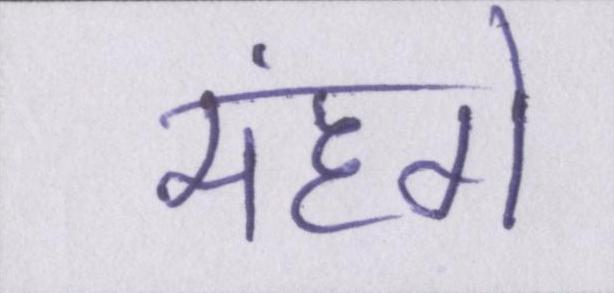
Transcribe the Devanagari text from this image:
मंहगे